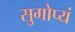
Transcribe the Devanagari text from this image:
सुगोप्यं